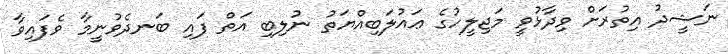
ނަޝީދު އިތުރަށް ވިދާޅުވީ މަޖިލީހުގެ ޢައުލަބިއްޔަތު ނުލިބި އަތް ފައި ބަނދެވުނީމާ ވެފައިވާ